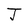
Character: J